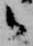
候